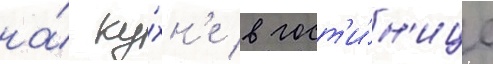
на́ ку́хн'е в гост'и́н'ице